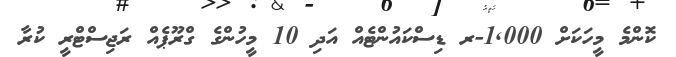
ކޮންމެ މީހަކަށް 1